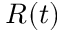
R ( t )